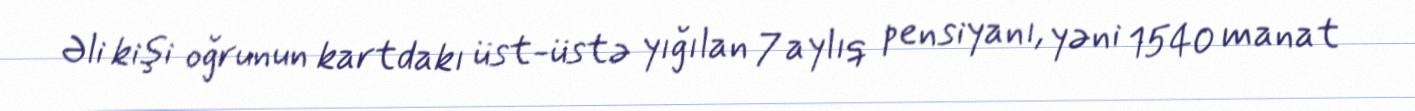
Əli kişi oğrunun kartdakı üst-üstə yığılan 7 aylıq pensiyanı, yəni 1540 manat